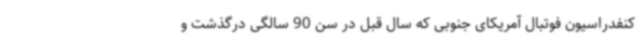
کنفدراسیون فوتبال آمریکای جنوبی که سال قبل در سن 90 سالگی درگذشت و